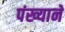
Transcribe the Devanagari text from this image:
पंख्याने